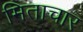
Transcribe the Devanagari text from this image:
मिताचार